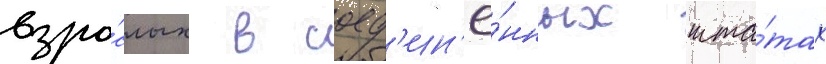
взро́слых в соед'ин'ё́нных шта́тах